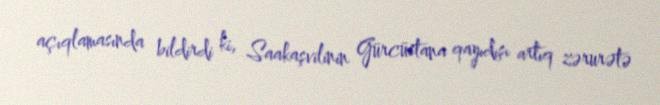
açıqlamasında bildirdi ki, Saakaşvilinin Gürcüstana qayıdışı artıq zərurətə